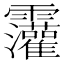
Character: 𫕷